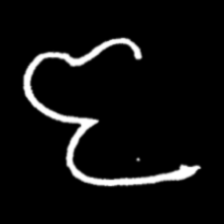
Pyu character \u2014 Myanmar letter: ဇ (romanized: ja)